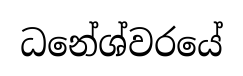
ධනේශ්වරයේ